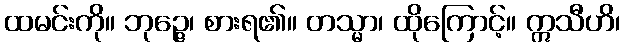
ထမင်းကို။ ဘုဉ္ဇေ၊ စားရ၏။ တသ္မာ၊ ထိုကြောင့်။ ဣသီဟိ၊